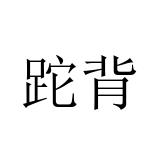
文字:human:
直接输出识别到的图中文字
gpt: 跎背